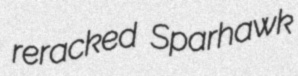
reracked Sparhawk